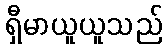
ရှီမာယူယူသည်